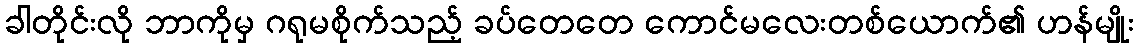
ခါတိုင်းလို ဘာကိုမှ ဂရုမစိုက်သည့် ခပ်တေတေ ကောင်မလေးတစ်ယောက်၏ ဟန်မျိုး